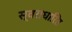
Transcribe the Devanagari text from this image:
स्वराधारित